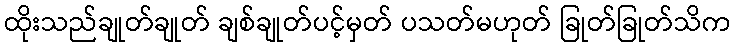
ထိုးသည်ချုတ်ချုတ် ချစ်ချုတ်ပင့်မှတ် ပသတ်မဟုတ် ခြုတ်ခြုတ်သိက